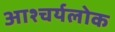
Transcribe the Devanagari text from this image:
आश्चर्यलोक